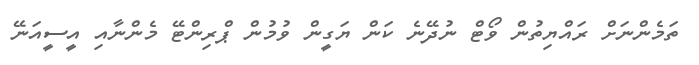
ތަމެންނަށް ރައްޔިތުން ވޯޓް ނުދޭނެ ކަން ޔަގީން ވުމުން ޕްރިންޓޭ މެންނާއި އީސީއަނޭ